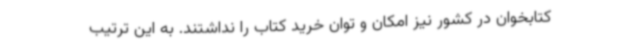
کتابخوان در کشور نیز امکان و توان خرید کتاب را نداشتند. به این ترتیب